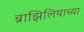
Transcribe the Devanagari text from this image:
ब्राझिलियाच्या